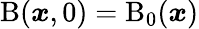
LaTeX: \mathrm{B}(\boldsymbol{x},0)=\mathrm{B}_{0}(\boldsymbol{x})